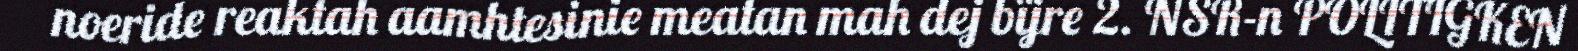
noeride reaktah aamhtesinie meatan mah dej bïjre 2. NSR-n POLITIGKEN